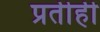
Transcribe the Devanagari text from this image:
प्रतीही